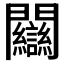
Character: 𨷻